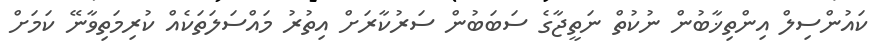
ކައުންސިލް އިންތިޚާބުން ނުކުތް ނަތީޖާގެ ސަބަބުން ސަރުކާރަށް އިތުރު މައްސަލަތަކެއް ކުރިމަތިވާނޭ ކަމަށް